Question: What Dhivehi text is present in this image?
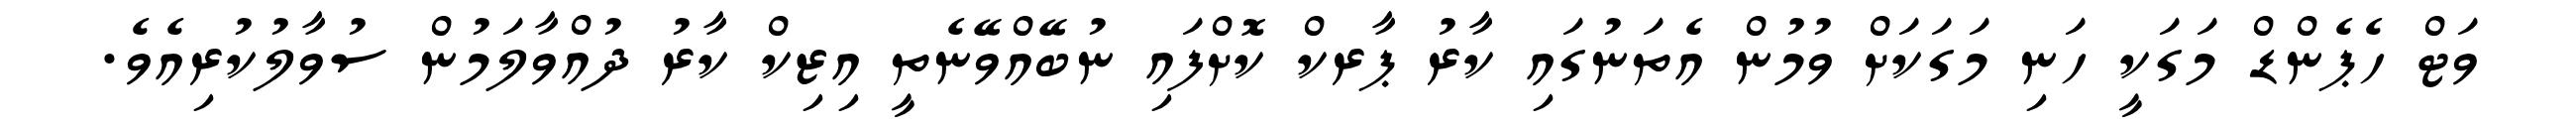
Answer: ވަޓް ހެޕެންޑް މަގަކީ ހަނި މަގަކަށް ވުމުން އެތަނުގައި ކާރު ޕާރކް ކޮށްފައި ނުބޭއްވޭނެތީ އިޒިކް ކާރު ދުއްވާލަމުން ސުވާލުކުރިއެވެ.